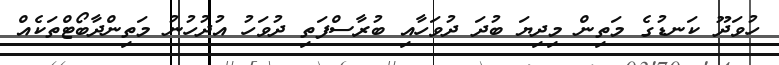
ހުވަދޫ ކަނޑުގެ މަތިން މިދިޔަ ބުދަ ދުވަހާއި ބުރާސްފަތި ދުވަހު އުދުހުނު މަތިންދާބޯޓްތަކެއް